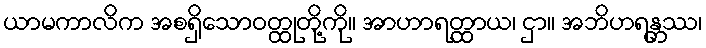
ယာမကာလိက အစရှိသောဝတ္ထုတို့ကို။ အာဟာရတ္ထာယ၊ ငှာ။ အဘိဟရန္တဿ၊